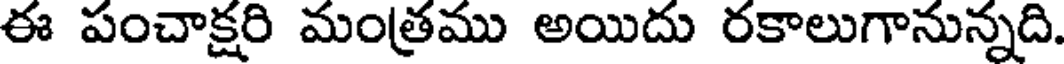
ఈ పంచాక్షరి మంత్రము అయిదు రకాలుగానున్నది.